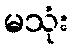
မသုံး